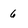
Character: 6